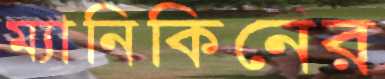
ম্যানিকিনের